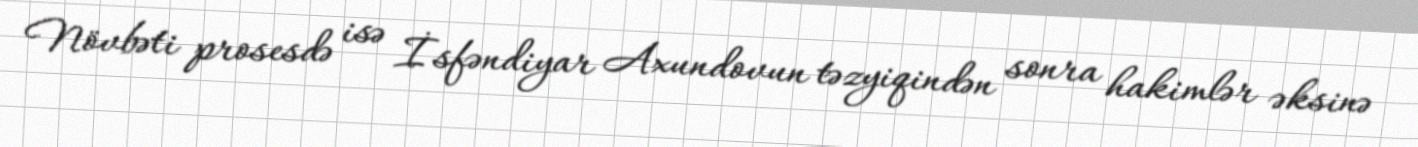
Növbəti prosesdə isə İsfəndiyar Axundovun təzyiqindən sonra hakimlər əksinə